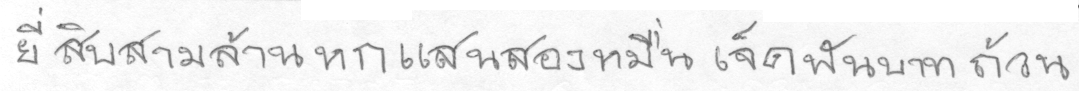
ยี่สิบสามล้านหกแสนสองหมื่นเจ็ดพันบาทถ้วน